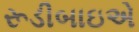
રૂડીબાઇએ